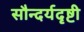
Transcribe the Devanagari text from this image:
सौन्दर्यदृष्टी